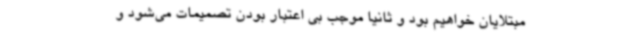
مبتلایان خواهیم بود و ثانیاً موجب بی اعتبار بودن تصمیمات می‌شود و